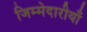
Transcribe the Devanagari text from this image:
जिम्मेदारीयाँ